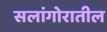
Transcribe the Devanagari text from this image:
सलांगोरातील